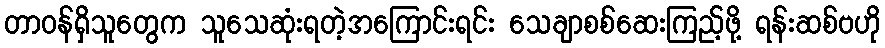
တာဝန်ရှိသူတွေက သူသေဆုံးရတဲ့အကြောင်းရင်း သေချာစစ်ဆေးကြည့်ဖို့ ရန်းဆစ်ဗဟို